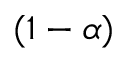
( 1 - \alpha )